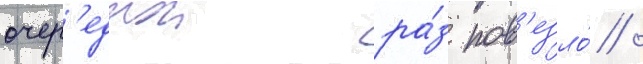
очер'еднои ра́з пов'езло́ /